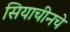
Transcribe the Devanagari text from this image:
सियाचीनचे